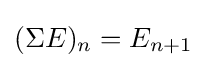
(\Sigma E)_{n}=E_{n+1}